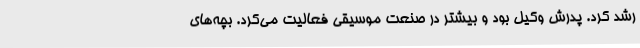
رشد کرد. پدرش وکیل بود و بیشتر در صنعت موسیقی فعالیت می‌کرد. بچه‌های